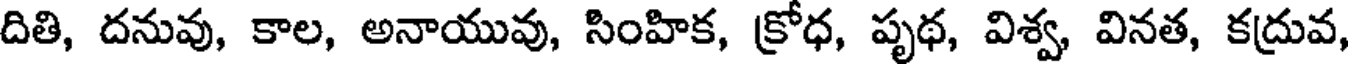
దితి, దనువు, కాల, అనాయువు, సింహిక, క్రోధ, పృథ, విశ్వ, వినత, కద్రువ,